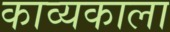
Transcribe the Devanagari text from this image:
काव्यकाला